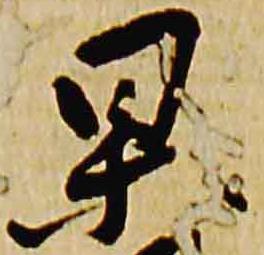
杲